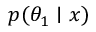
p ( \theta _ { 1 } \mid x )